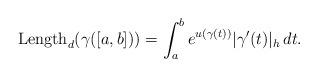
LaTeX: \begin{align*}\textrm{Length}_d(\gamma([a,b])) = \int_a^b e^{u(\gamma(t))} |\gamma'(t)|_h\,dt.\end{align*}